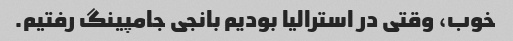
خوب، وقتی در استرالیا بودیم بانجی جامپینگ رفتیم.